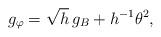
LaTeX: \begin{align*}g_\varphi = \sqrt{h}\, g_B + h^{-1}\theta^2,\end{align*}